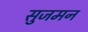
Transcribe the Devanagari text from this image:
सुजमन